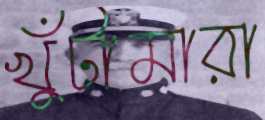
খুঁটামারা